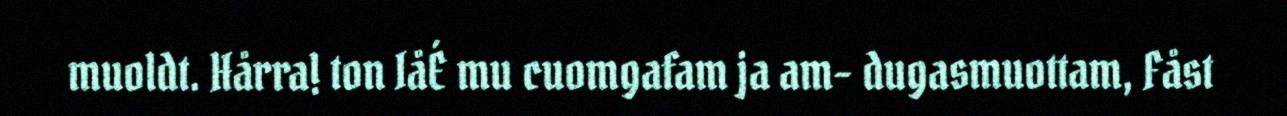
muoldt. Hårra! ton IåÉ mu cuomgafam ja am- dugasmuottam, Fåst